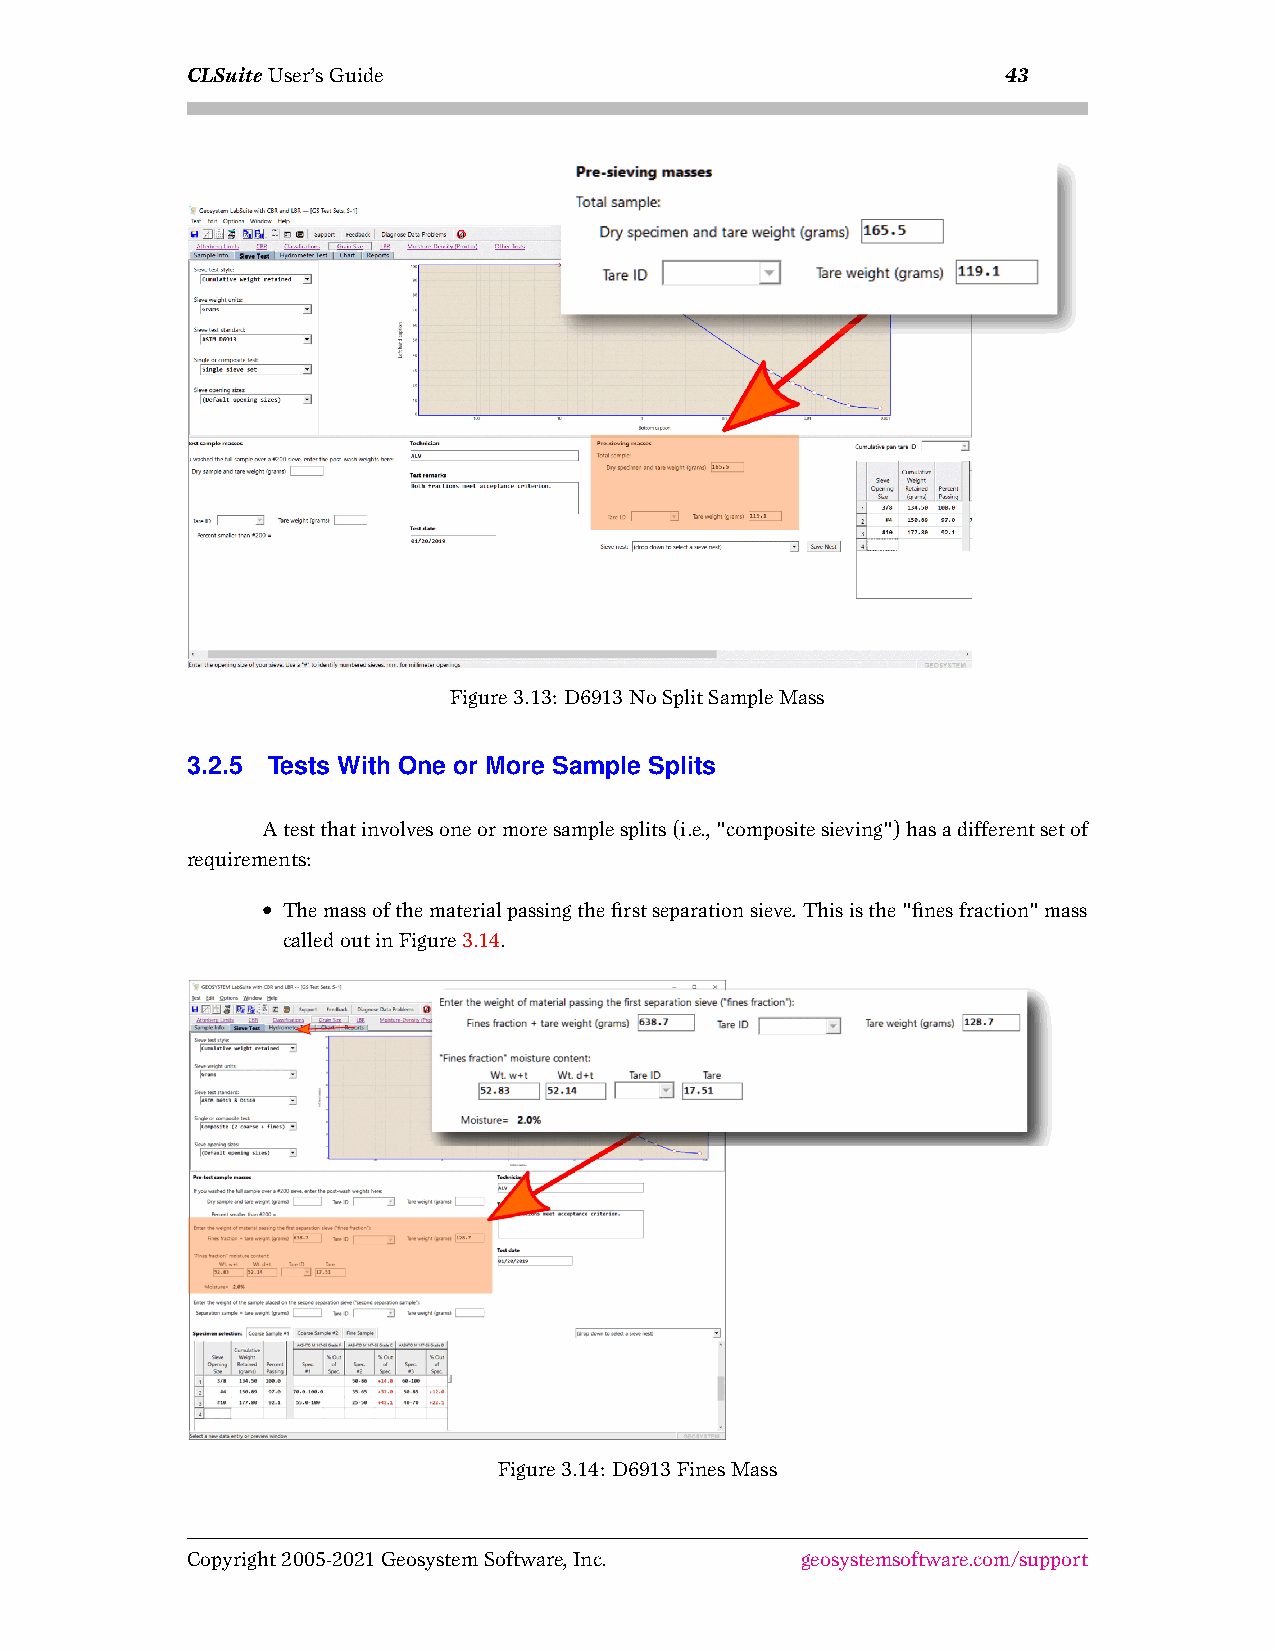
CLSuiteUser’sGuide                                     43
 Figure3.13: D6913NoSplitSampleMass
 3.2.5 Tests With One or More Sample Splits
 Atestthatinvolvesoneormoresamplesplits(i.e.,"compositesieving")hasadifferentsetof
 requirements:
 • Themassofthematerialpassingthefirstseparationsieve. Thisisthe"finesfraction"mass
 calledoutinFigure3.14.
 Figure3.14: D6913FinesMass
 Copyright2005-2021GeosystemSoftware,Inc. geosystemsoftware.com/support